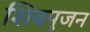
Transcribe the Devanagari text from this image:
शिवपुजन